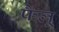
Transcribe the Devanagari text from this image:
फैलू